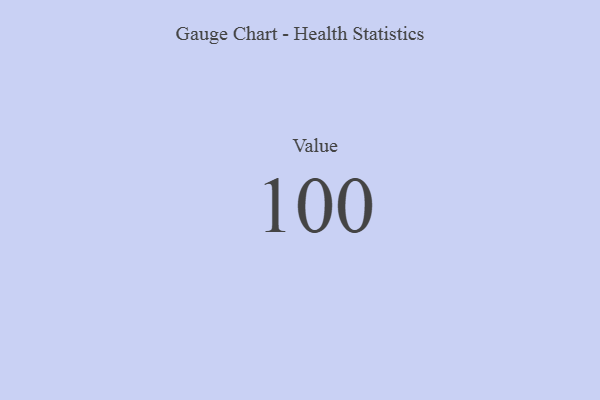
{"axis": {"x": "Metric", "y": "Value"}, "legend": [""], "data": [{"x": "Value", "y": 100, "type": ""}]}